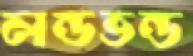
লন্ডভন্ড